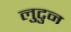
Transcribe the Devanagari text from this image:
लुटुन